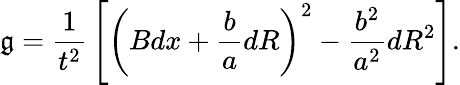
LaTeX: \mathfrak{g}={\frac{{1}}{{t^{2}}}}\left[\left(Bdx+{\frac{{b}}{{a}}}dR\right)^{2}-{\frac{{b^{2}}}{{a^{2}}}}dR^{2}\right].